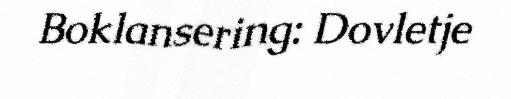
Boklansering: Dovletje